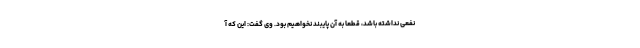
نفعی نداشته باشد، قطعا به آن پایبند نخواهیم بود. وی گفت: این که آ